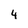
Character: 4